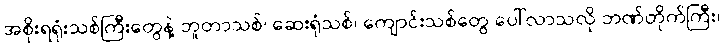
အစိုးရရုံးသစ်ကြီးတွေနဲ့ ဘူတာသစ်၊ ဆေးရုံသစ်၊ ကျောင်းသစ်တွေ ပေါ်လာသလို ဘဏ်တိုက်ကြီး၊